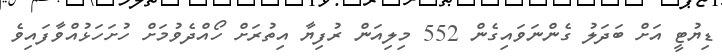
ޑިޔުޓީ އަށް ބަދަލު ގެންނަވައިގެން 552 މިލިއަން ރުފިޔާ އިތުރަށް ހޯއްދެވުމަށް ހުށަހަޅުއްވާފައިވެ